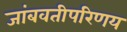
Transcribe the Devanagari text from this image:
जांबवतीपरिणय